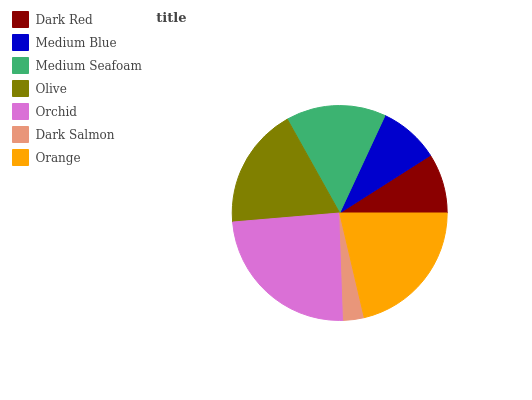
| Dark Red | Medium Blue | Medium Seafoam | Olive | Orchid | Dark Salmon | Orange |
 | --- | --- | --- | --- | --- | --- | --- |
 | 9.01% | 9.05% | 15% | 18.3% | 24.2% | 3.1% | 21.3% |